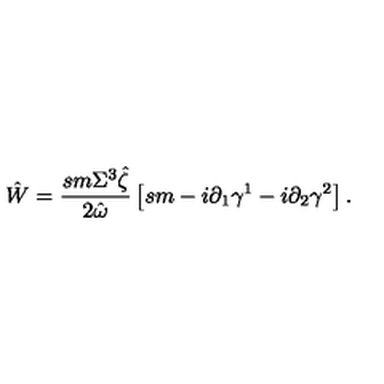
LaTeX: \hat { W } = \frac { s m \Sigma ^ { 3 } \hat { \zeta } } { 2 \hat { \omega } } \left[ s m - i \partial _ { 1 } \gamma ^ { 1 } - i \partial _ { 2 } \gamma ^ { 2 } \right] .